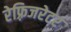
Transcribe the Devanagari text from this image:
रेफ़्रिजरेटर